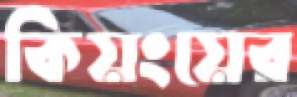
কিয়ংয়ের